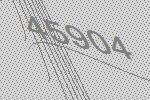
45904